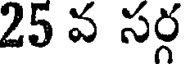
25 వ సర్గ